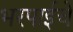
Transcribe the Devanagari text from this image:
भरपाईचे